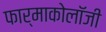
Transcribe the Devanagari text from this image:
फार्माकोलॉजी